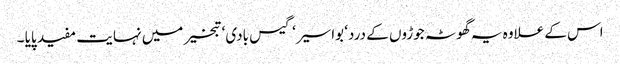
اس کے علاوہ یہ گھوٹہ جوڑوں کے درد‘ بواسیر‘ گیس بادی‘ تبخیر میں نہایت مفید پایا ۔